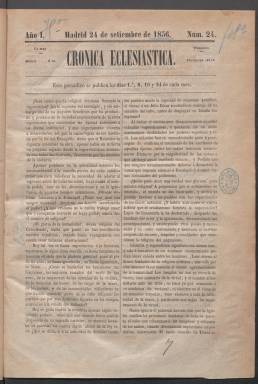
Título: Crónica eclesiástica
Colección: Religión
Ámbito geográfico: Madrid
Lugar de publicación: Madrid
Fechas: 24/09/1856-06/12/1856